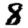
Digit: 8